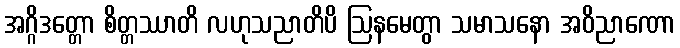
အဂ္ဂိဒတ္တော စိတ္တဿာတိ လဟုသညာတိပိ ဩနမေတွာ သမာသနော အဝိညာဏော